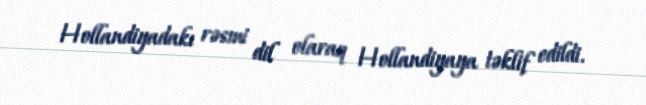
Hollandiyadakı rəsmi dil olaraq Hollandiyaya təklif edildi.